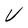
Character: V